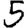
Digit: 5